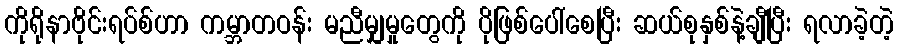
ကိုရိုနာဗိုင်းရပ်စ်ဟာ ကမ္ဘာတဝန်း မညီမျှမှုတွေကို ပိုဖြစ်ပေါ်စေပြီး ဆယ်စုနှစ်နဲ့ချီပြီး ရလာခဲ့တဲ့